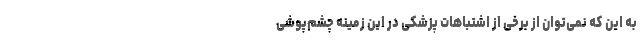
به این که نمی‌توان از برخی از اشتباهات پزشکی در این زمینه چشم‌پوشی